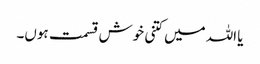
یا اللہ میں کتنی خوش قسمت ہوں۔